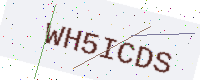
Text: WH5ICDS